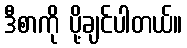
ဒီစာကို ပို့ချင်ပါတယ်။